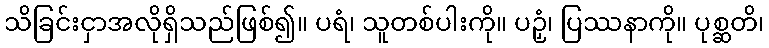
သိခြင်းငှာအလိုရှိသည်ဖြစ်၍။ ပရံ၊ သူတစ်ပါးကို။ ပဉှံ၊ ပြဿနာကို။ ပုစ္ဆတိ၊